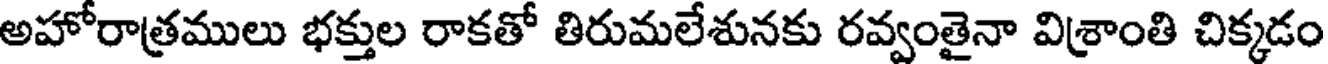
అహోరాత్రములు భక్తుల రాకతో తిరుమలేశునకు రవ్వంతైనా విశ్రాంతి చిక్కడం